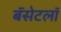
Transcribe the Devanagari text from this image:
बॅसेटलॉ